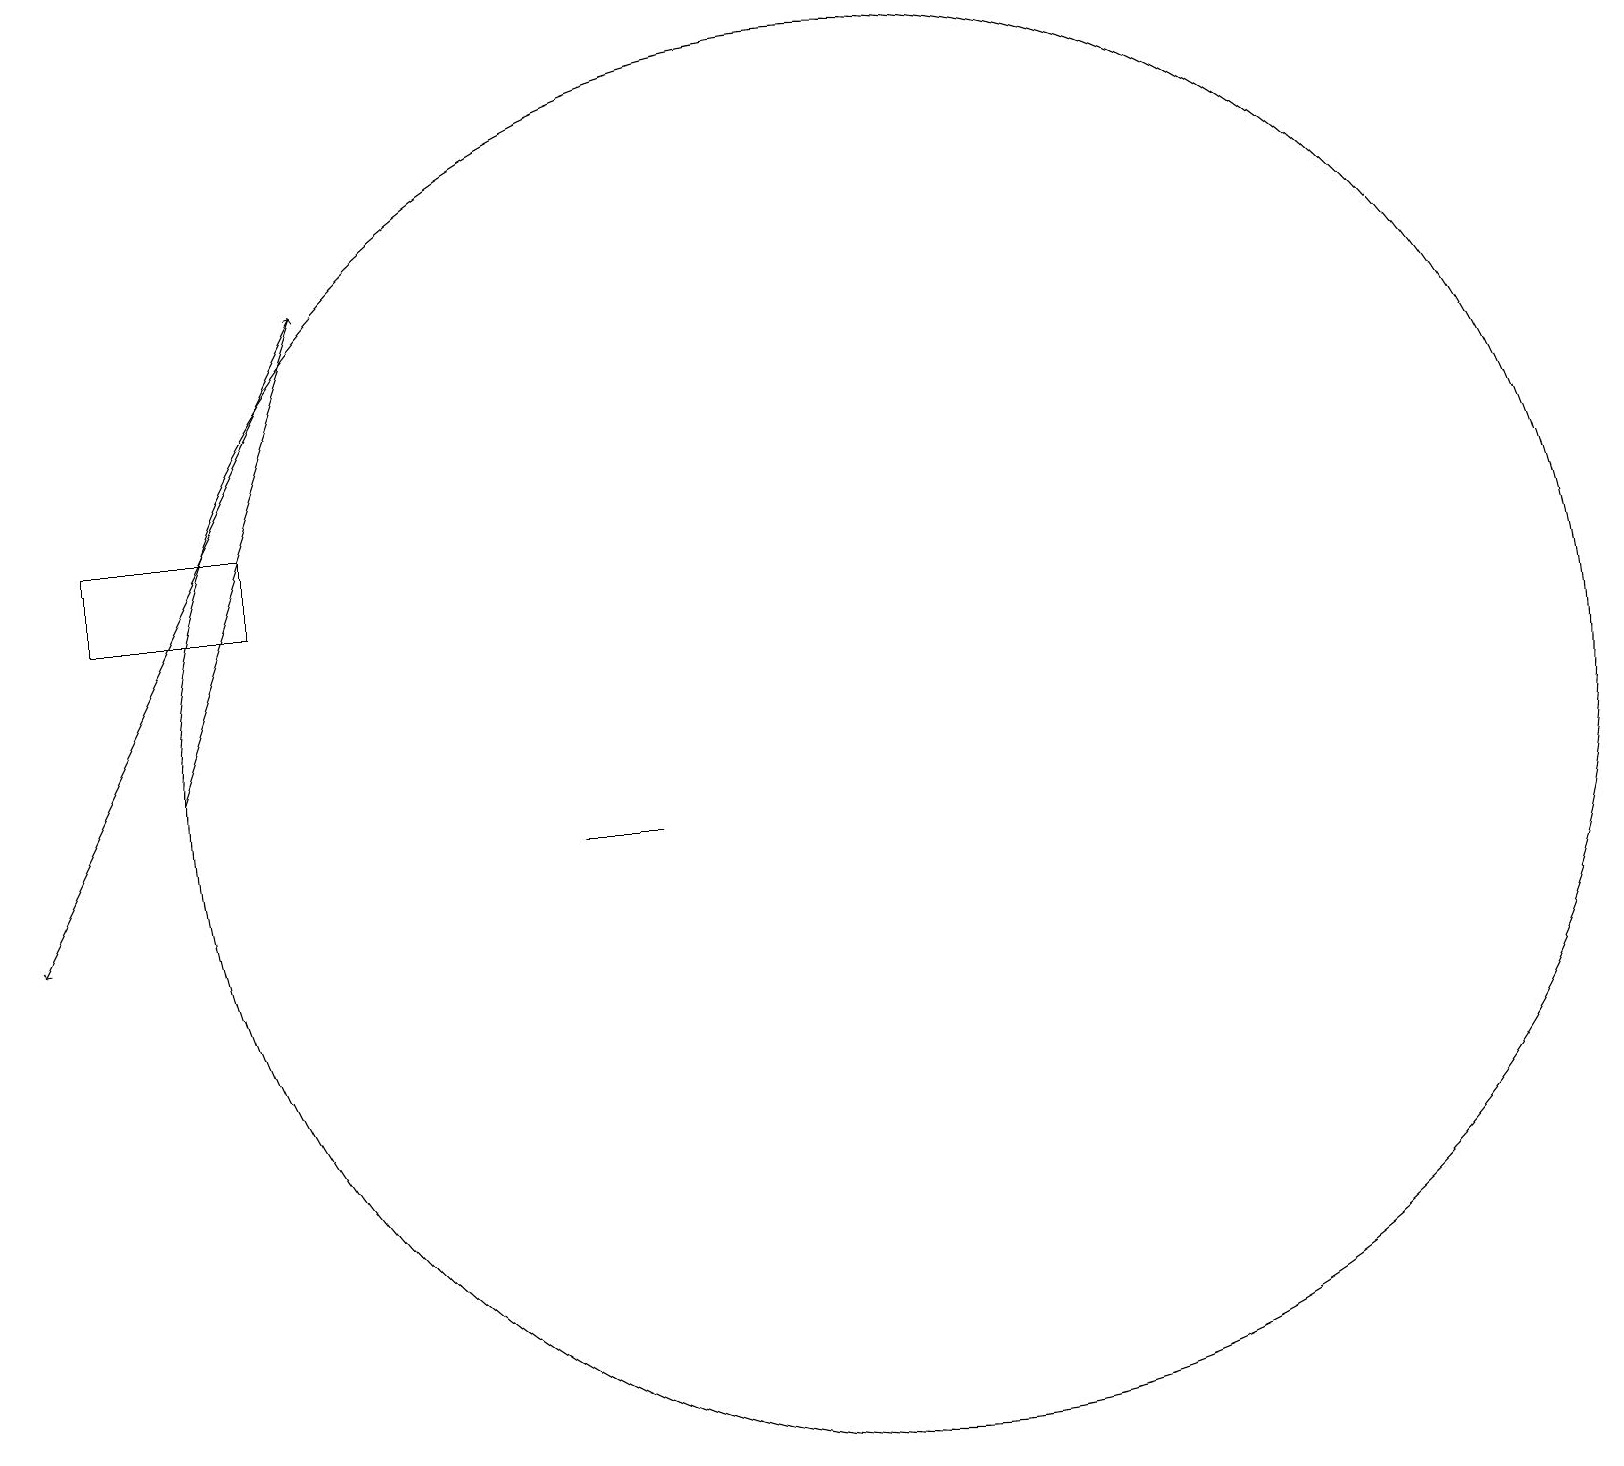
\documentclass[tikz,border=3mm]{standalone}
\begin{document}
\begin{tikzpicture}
\draw[->] (4,18) -- (0,10);
\draw (11,12) circle (9);
\draw (8,11) rectangle (7,11);
\draw[->] (2,12) -- (4,18);
\draw (3,14) rectangle (1,15);
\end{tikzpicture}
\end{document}